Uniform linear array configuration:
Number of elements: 64
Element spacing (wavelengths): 0.5
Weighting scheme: blackman
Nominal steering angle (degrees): -15
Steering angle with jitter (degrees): -13.2
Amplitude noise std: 0.05
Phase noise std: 0.05

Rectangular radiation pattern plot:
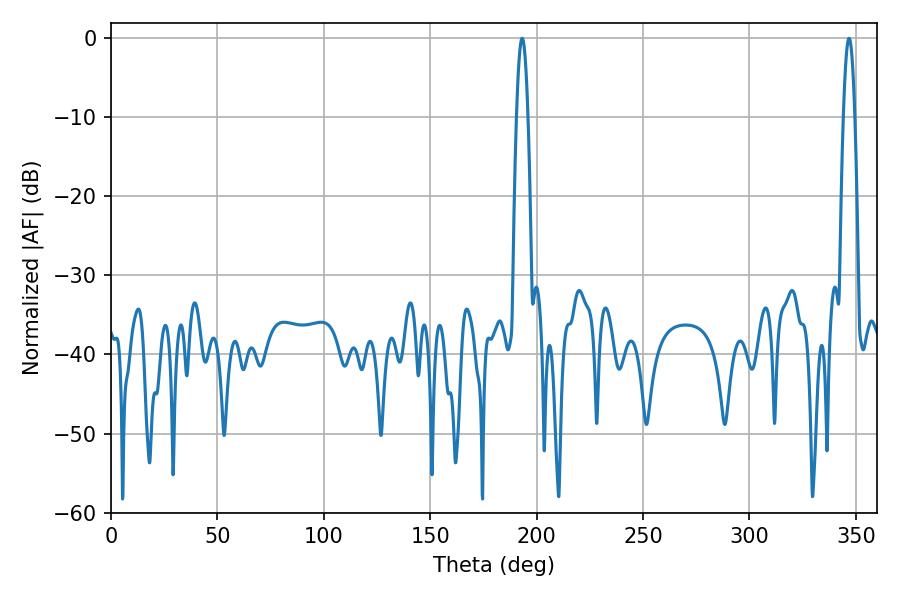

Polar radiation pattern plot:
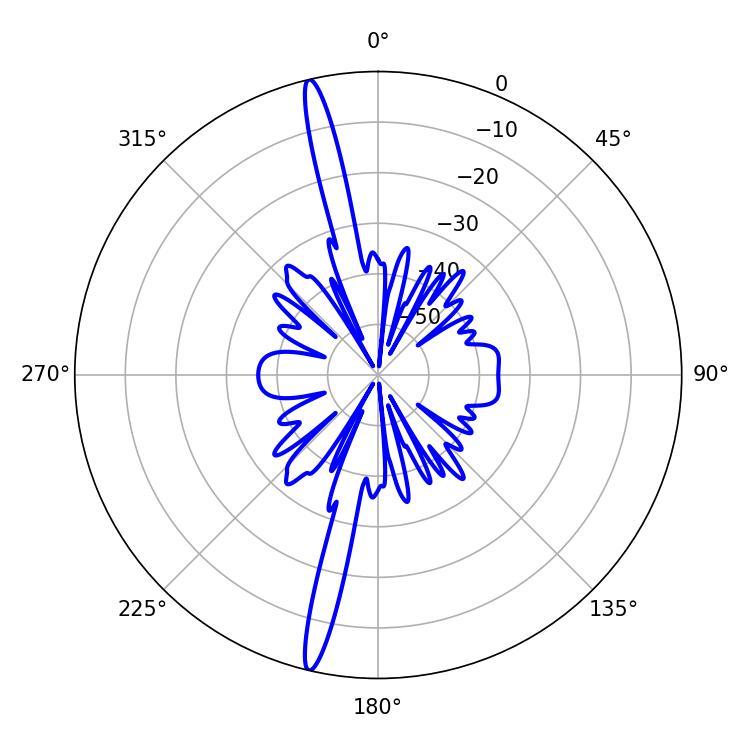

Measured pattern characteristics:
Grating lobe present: FALSE
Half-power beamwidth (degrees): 2.88
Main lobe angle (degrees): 193.14